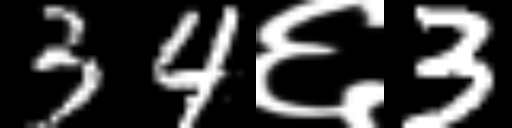
Text: 34६3